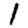
Digit: 1